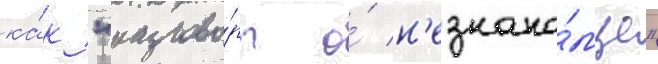
ка́к "разгово́ры о́ н'езнако́мце"